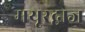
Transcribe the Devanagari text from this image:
मयूरद्वाज